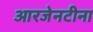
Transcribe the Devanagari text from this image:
आरजेनटीना